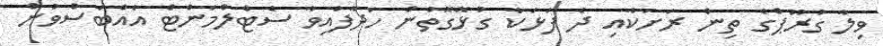
ވިލާ ގުރޫޕްގެ ތިން ރަށަކާއި ދެ ފަޅަކާ ގުޅޭގޮތުން ހަދާފައިވާ ސެޓްލްމަންޓް އެއްބަސްވުން